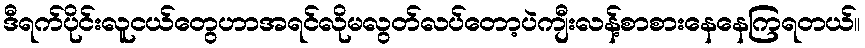
ဒီရက်ပိုင်းလူငယ်တွေဟာအရင်လိုမလွတ်လပ်တော့ပဲကျီးလန့်စာစားနေနေကြရတယ်။